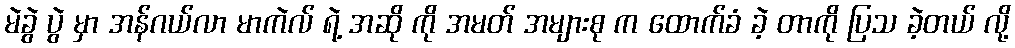
မဲခွဲ ပွဲ မှာ အန်ဂယ်လာ မာကဲလ် ရဲ့ အဆို ကို အမတ် အများစု က ထောက်ခံ ခဲ့ တာကို ပြသ ခဲ့တယ် လို့